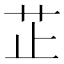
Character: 芷